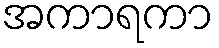
အကာရကာ